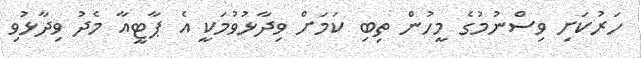
ހަރުކަށި ވިސްނުމުގެ މީހުން ތިބި ކަމަށް ވިދާޅުވުމަކީ އެ ޕާޓީއާ މެދު ވިދާޅުވި